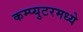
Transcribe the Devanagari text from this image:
कम्प्युटरमध्ये